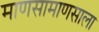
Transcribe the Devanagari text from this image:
माणसामाणसाला